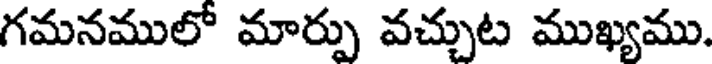
గమనములో మార్పు వచ్చుట ముఖ్యము.